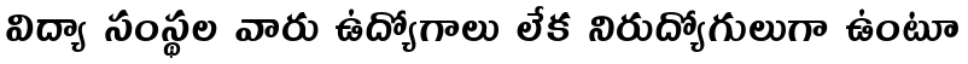
విద్యా సంస్థల వారు ఉద్యోగాలు లేక నిరుద్యోగులుగా ఉంటూ